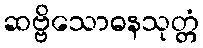
ဆဗ္ဗိသောဓနသုတ္တံ